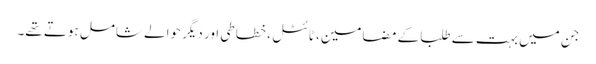
جن میں بہت سے طلبا کے مضامین، ٹائٹل ، خطاطی اور دیگر حوالے شامل ہوتے تھے۔